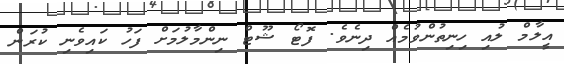
އީލާމް ލުއި ހިނިތުންވުމެއް ދިނެވެ. ފޮޓޯ ޝޫޓް ނިންމާލުމަށް ފަހު ކައިވެނި ކުރަން